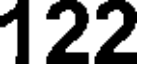
122